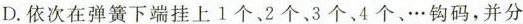
D.依次在弹簧下端挂上1个、2个、3个、4个、…钩码，并分